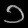
Digit: ၁